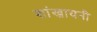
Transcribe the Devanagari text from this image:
शांखायनी